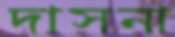
দাসনা